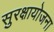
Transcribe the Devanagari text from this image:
सुरक्षायोजना